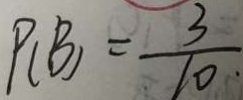
P ( B ) = \frac { 3 } { 1 0 \cdot }